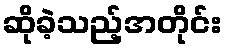
ဆိုခဲ့သည့်အတိုင်း